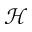
\mathcal { H }